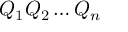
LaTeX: Q _ { 1 } Q _ { 2 } \dots Q _ { n }